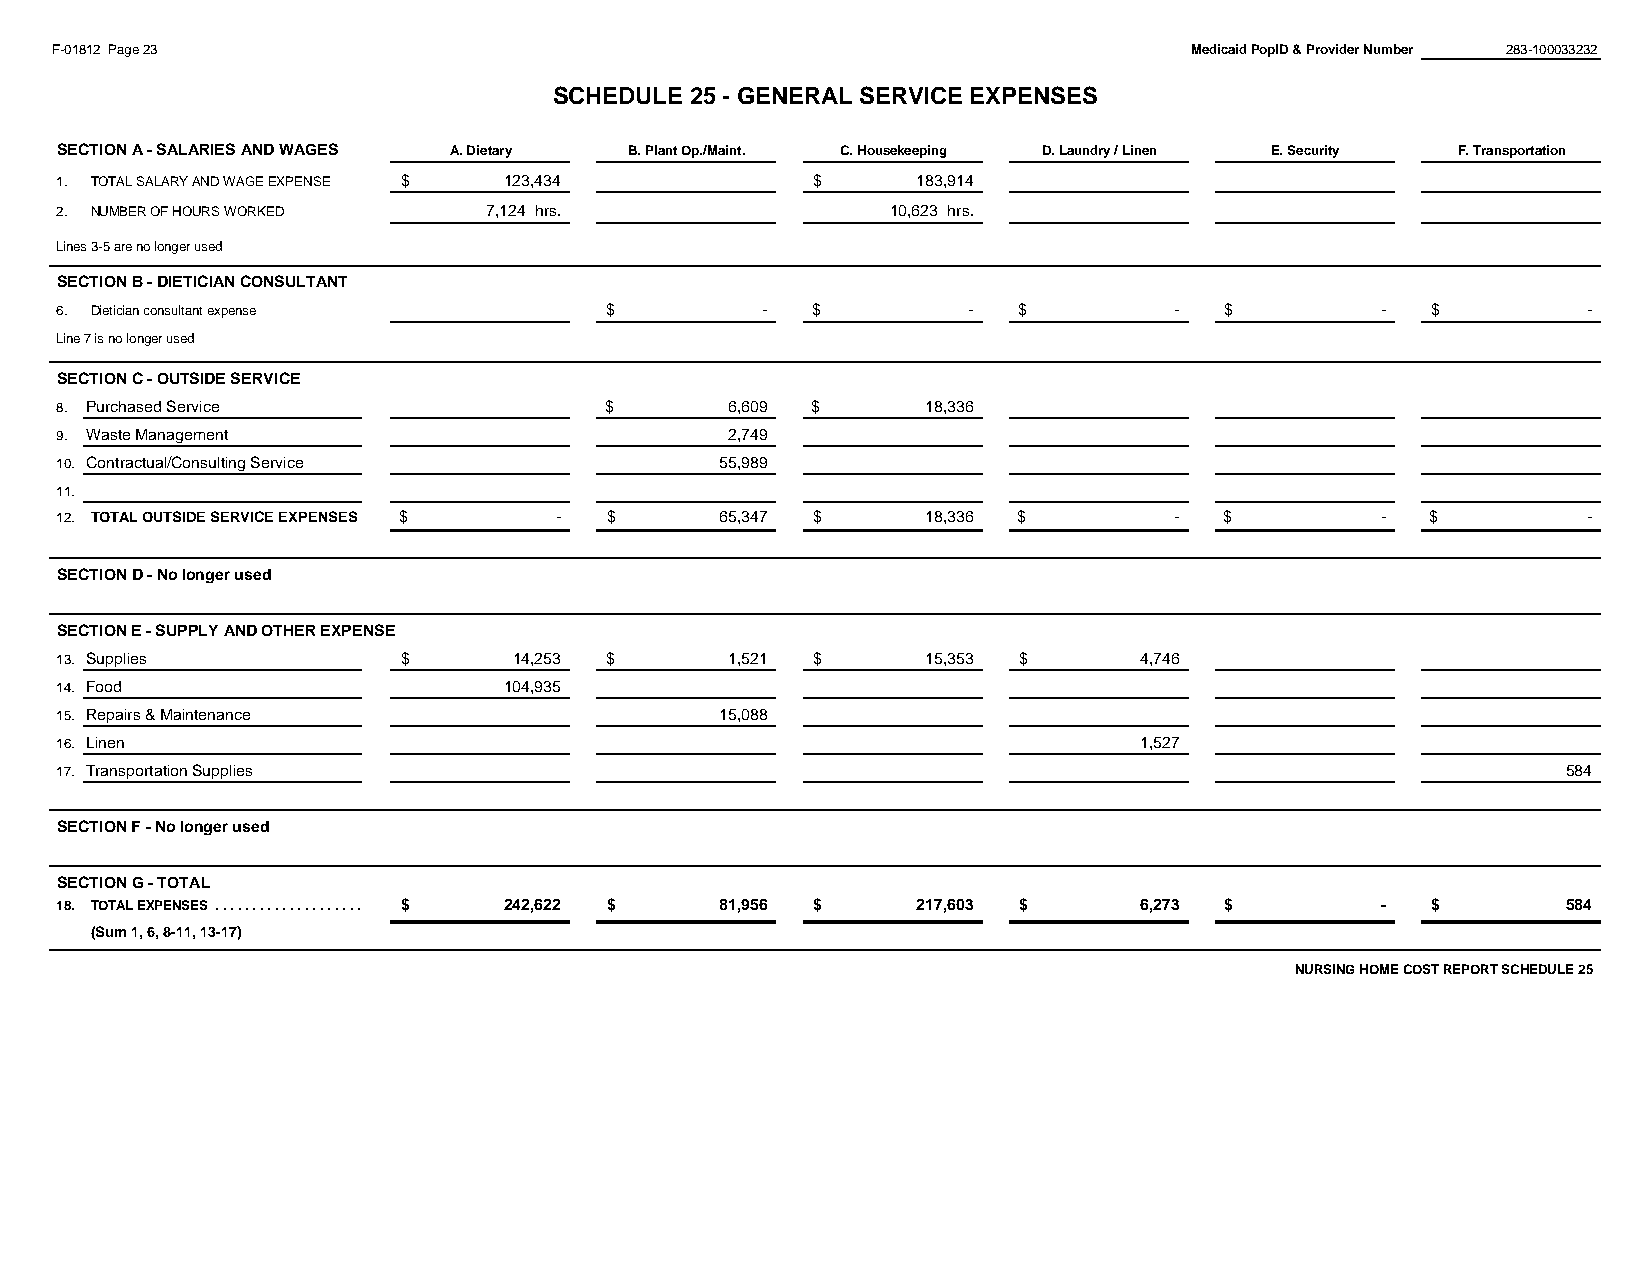
F-01812 Page 23                                                             Medicaid PopID & Provider Number 283-100033232
 SCHEDULE 25 - GENERAL SERVICE EXPENSES
 #REF!
 SECTION A - SALARIES AND WAGES A. Dietary B. Plant Op./Maint. C. Housekeeping D. Laundry / Linen E. Security F. Transportation
 1. TOTAL SALARY AND WAGE EXPENSE $ 1 23,434       $      1 83,914
 2. NUMBER OF HOURS WORKED   7,124 hrs.                 10,623 hrs.
 Lines 3-5 are no longer used
 SECTION B - DIETICIAN CONSULTANT
 6. Dietician consultant expense     $         -   $         -  $          -  $         -   $         -
 Line 7 is no longer used
 SECTION C - OUTSIDE SERVICE
 8. Purchased Service                $       6,609 $      18,336
 9. Waste Management                         2,749
 10. Contractual/Consulting Service          55,989
 11.
 12. TOTAL OUTSIDE SERVICE EXPENSES $ - $    6 5,347 $    1 8,336 $        -  $         -   $         -
 SECTION D - No longer used
 SECTION E - SUPPLY AND OTHER EXPENSE
 13. Supplies           $      1 4,253 $     1 ,521 $     1 5,353 $     4 ,746
 14. Food                     1 04,935
 15. Repairs & Maintenance                   1 5,088
 16. Linen                                                              1 ,527
 17. Transportation Supplies                                                                         5 84
 SECTION F - No longer used
 SECTION G - TOTAL
 18. TOTAL EXPENSES . . . . . . . . . . . . . . . . . . . . . . . $ 2 42,622 $ 8 1,956 $ 2 17,603 $ 6 ,273 $ - $ 5 84
 (Sum 1, 6, 8-11, 13-17)
 NURSING HOME COST REPORT SCHEDULE 25